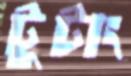
টুটাং